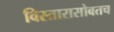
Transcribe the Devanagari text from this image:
विस्तारासोबतच